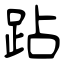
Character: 跕